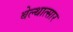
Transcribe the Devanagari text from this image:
बेल्थात्सार